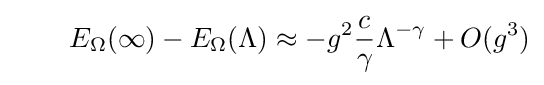
\qquad E_{\Omega }(\infty )-E_{\Omega }(\Lambda )\approx -g^{2}{\frac {c}{\gamma }}\Lambda ^{-\gamma }+O(g^{3})